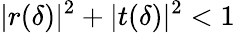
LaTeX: |r(\delta)|^{2}+|t(\delta)|^{2}<1